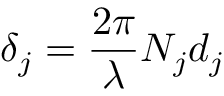
\delta _ { j } = \frac { 2 \pi } { \lambda } N _ { j } d _ { j }